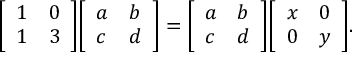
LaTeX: { \left[ \begin{array} { l l } { 1 } & { 0 } \\ { 1 } & { 3 } \end{array} \right] } { \left[ \begin{array} { l l } { a } & { b } \\ { c } & { d } \end{array} \right] } = { \left[ \begin{array} { l l } { a } & { b } \\ { c } & { d } \end{array} \right] } { \left[ \begin{array} { l l } { x } & { 0 } \\ { 0 } & { y } \end{array} \right] } .